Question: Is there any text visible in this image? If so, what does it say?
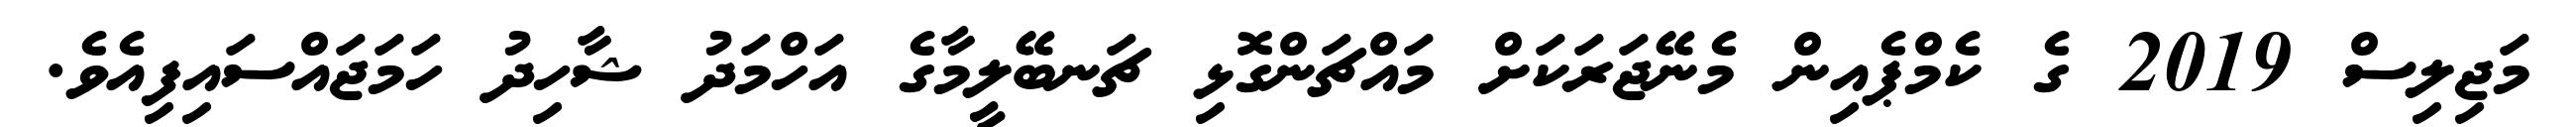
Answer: މަޖިލިސް 2019 ގެ ކެމްޕެއިން މެނޭޖަރަކަށް މައްޗަންގޮޅި ޗަނބޭލީމާގެ އަހްމަދު ޝާހިދު ހަމަޖައްސައިފިއެވެ.